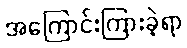
အကြောင်းကြားခဲ့ရာ